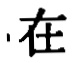
在